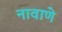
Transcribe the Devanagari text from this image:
नावाणे